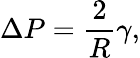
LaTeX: \Delta P={\frac{2}{R}}\gamma,